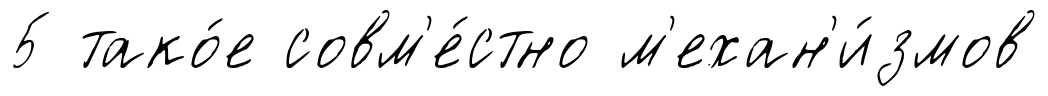
5 тако́е совм'е́стно м'ехан'и́змов